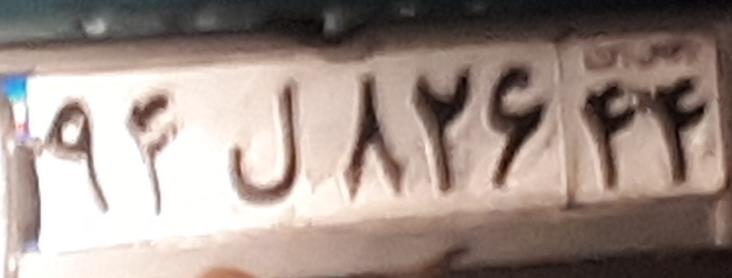
۹۴ل۸۲۶۴۴